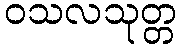
ဝသလသုတ္တ